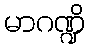
မာဂဏ္ဍိ